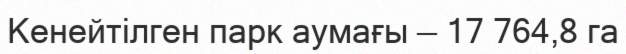
Кенейтілген парк аумағы — 17 764,8 га